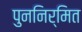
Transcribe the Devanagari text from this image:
पुननिर्मित